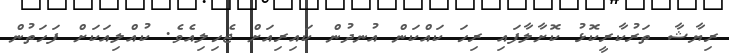
ރިޔާޝާ ތަރުކާރީކޮޅު ކޮށާލާފައި ރިހަ ކައްކަން އުނދުން ކައިރިއަށް ޖެހިލިއެވެ. ކުއްލިއަކަށް ފަހަތުން